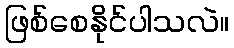
ဖြစ်စေနိုင်ပါသလဲ။